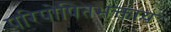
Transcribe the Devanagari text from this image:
परिपोषितभक्ताय